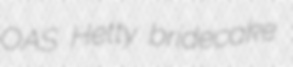
OAS Hetty bridecake